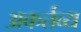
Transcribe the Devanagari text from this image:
अकर्तव्य